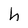
Character: h